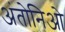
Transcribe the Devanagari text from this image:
अंतोनिओ